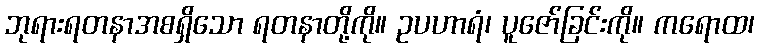
ဘုရားရတနာအစရှိသော ရတနာတို့ကို။ ဥပဟာရံ၊ ပူဇော်ခြင်းကို။ ကရောထ၊